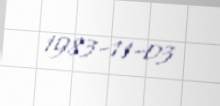
1983-11-03